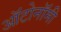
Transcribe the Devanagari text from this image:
ऑटोनॉमी